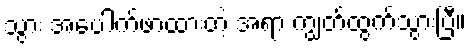
သွား အပေါက်ဖာထားတဲ့ အရာ ကျွတ်ထွက်သွားပြီ။